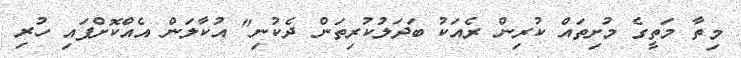
މިތާ މަތީގެ މުށިތައް ކުރިން ރެއަކު ބަދަލުކުރިތަން ދެކުނި" އުކާލަން އެއްކޮށްފައި ހުރި